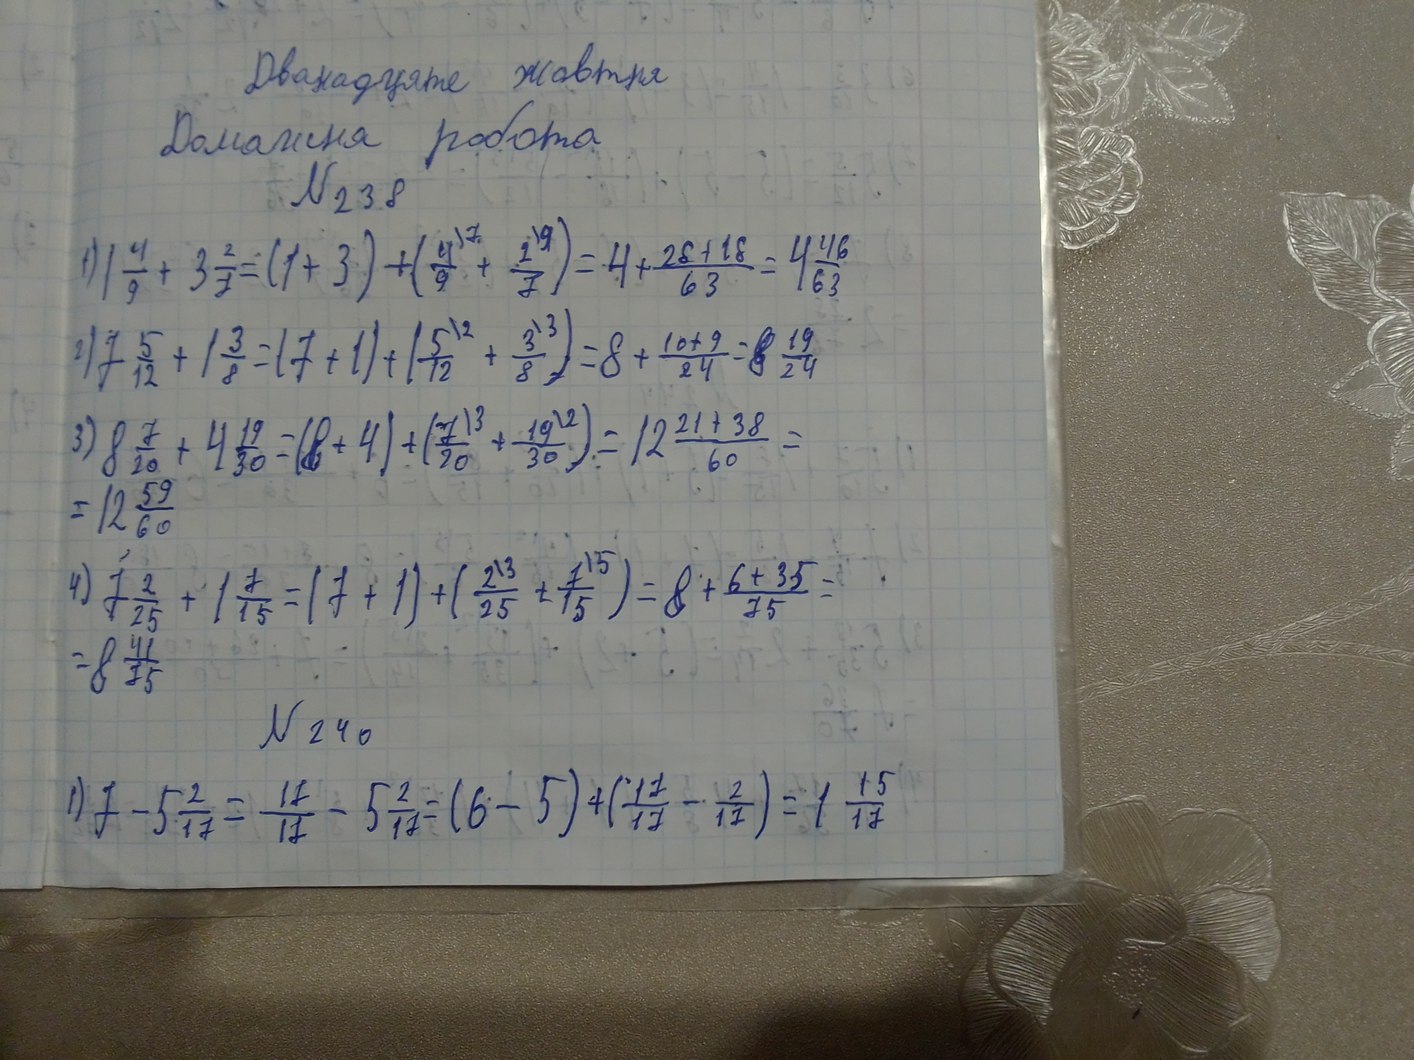
Дванадцяте жовтня
Домашня робота
№ 238
1 \frac{4}{9} + 3 \frac{2}{7} = (1 + 3) + (\frac{4^{)7}}{9} + \frac{2^{)9}}{7}) = 4 + \frac{28 + 18}{63} = 4 \frac{46}{63}
2) 7 \frac{5}{12} + 1 \frac{3}{8} = (7 + 1) + (\frac{5}{12}^{\backslash 2} + \frac{3}{8}^{\backslash 3}) = 8 + \frac{10 + 9}{24} = 8 \frac{19}{24}
3) 8 \frac{7}{20} + 4 \frac{19}{30} = (8 + 4) + (\frac{7}{20}^{|3} + \frac{19}{30}^{|2}) = 12 \frac{21 + 38}{60} =
= 12 \frac{59}{60}
4) 7 \frac{2}{25} + 1 \frac{7}{15} = (7 + 1) + (\frac{2^{|3}}{25} + \frac{7^{|5}}{15}) = 8 + \frac{6 + 35}{75} =
= 8 \frac{41}{75}
№ 240
1) 7 - 5 \frac{2}{17} =  \frac{17}{17} - 5 \frac{2}{17} = (6 - 5) + (\frac{17}{17} - \frac{2}{17}) = 1 \frac{15}{17}